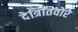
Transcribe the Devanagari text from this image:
देत्रितिवोरे